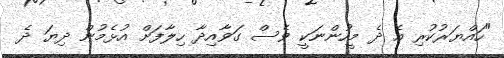
"ހައްޔަރުކުރި އެ ދެ މީހުންނަކީ ވެސް ގަވާއިދާ ހިލާފަށް އުޅެމުން ދިޔަ ދެ